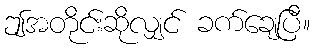
ဤအတိုင်းဆိုလျှင် ခက်ချေပြီ။